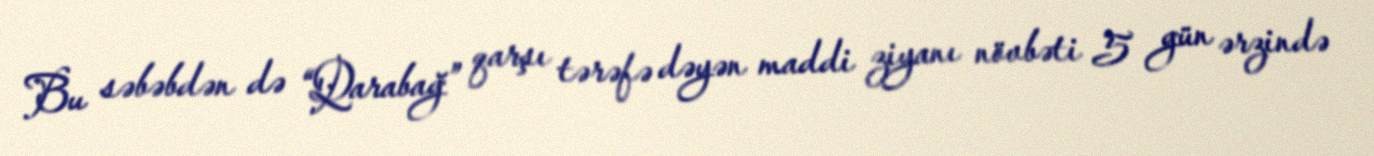
Bu səbəbdən də “Qarabağ” qarşı tərəfə dəyən maddi ziyanı növbəti 5 gün ərzində